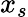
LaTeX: x_{s}